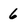
Character: 6